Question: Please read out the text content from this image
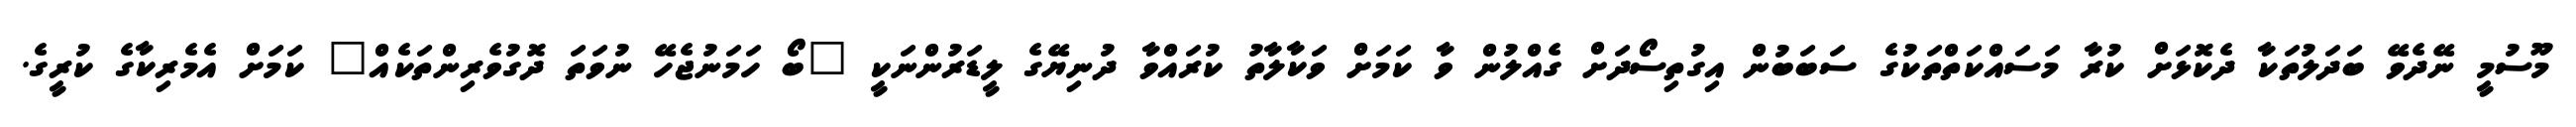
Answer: މޫސުމީ ނޭދެވޭ ބަދަލުތަކާ ދެކޮޅަށް ކުރާ މަސައްކަތްތަކުގެ ސަބަބުން އިގުތިސޯދަށް ގެއްލުން ވާ ކަމަށް ވަކާލާތު ކުރައްވާ ދުނިޔޭގެ ލީޑަރުންނަކީ "ބޯ ހަމަނުޖެހޭ ނުވަތަ ދޮގުވެރިންތަކެއް" ކަމަށް އެމެރިކާގެ ކުރީގެ.